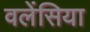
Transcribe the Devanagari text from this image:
वलेंसिया